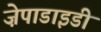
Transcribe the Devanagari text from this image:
ज़ेपाडाइडी